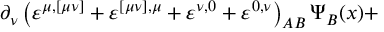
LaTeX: \partial _ { \nu } \left( \varepsilon ^ { \mu , [ \mu \nu ] } + \varepsilon ^ { [ \mu \nu ] , \mu } + \varepsilon ^ { \nu , 0 } + \varepsilon ^ { 0 , \nu } \right) _ { A B } \Psi _ { B } ( x ) +